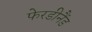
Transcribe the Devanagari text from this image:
फेरडीनैंड